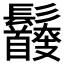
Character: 𩰇